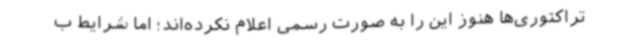
تراکتوری‌ها هنوز این را به صورت رسمی اعلام نکرده‌اند؛ اما شرایط ب